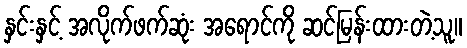
နှင်းနှင့် အလိုက်ဖက်ဆုံး အရောင်ကို ဆင်မြန်းထားတဲ့သူ။